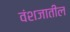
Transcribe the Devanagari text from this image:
वंशजातील